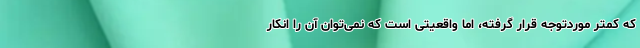
که کمتر موردتوجه قرار گرفته، اما واقعیتی است که نمی‌توان آن را انکار